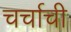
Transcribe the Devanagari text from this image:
चर्चाची